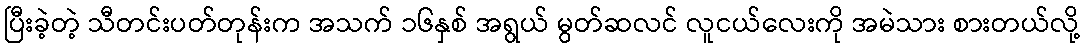
ပြီးခဲ့တဲ့ သီတင်းပတ်တုန်းက အသက် ၁၆နှစ် အရွယ် မွတ်ဆလင် လူငယ်လေးကို အမဲသား စားတယ်လို့